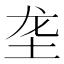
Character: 垄